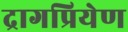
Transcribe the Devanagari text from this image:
द्रागप्रियेण